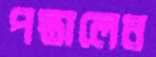
পস্তালেন